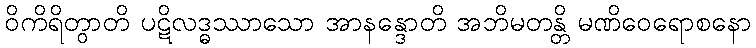
ဝိကိရိတွာတိ ပဋိလဒ္ဓဿာသော အာနန္ဒောတိ အဘိမတန္တိ မဏိဝေရောစနော